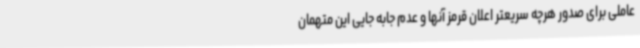
عاملی برای صدور هرچه سریعتر اعلان قرمز آنها و عدم جابه جایی این متهمان